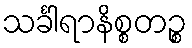
သင်္ခါရာနိစ္စတဉ္စ